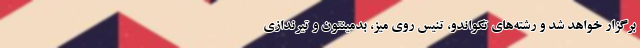
برگزار خواهد شد و رشته‌های تکواندو، تنیس روی میز، بدمینتون و تیرندازی